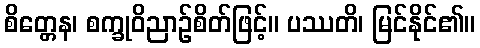
စိတ္တေန၊ စက္ခုဝိညာဉ်စိတ်ဖြင့်။ ပဿတိ၊ မြင်နိုင်၏။